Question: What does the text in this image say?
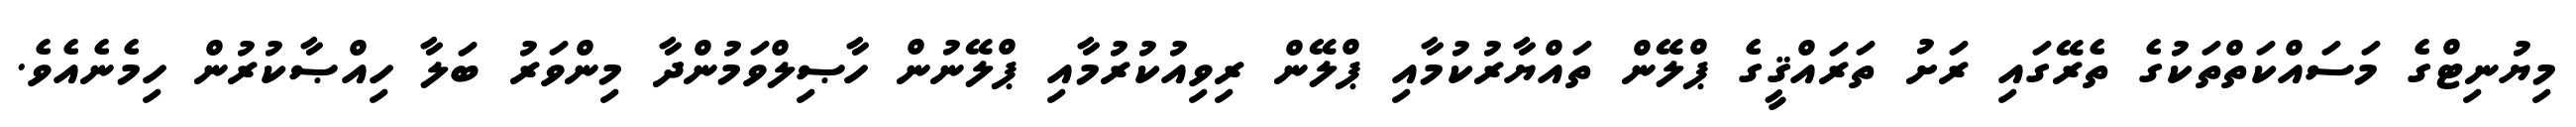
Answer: މިޔުނިޓްގެ މަސައްކަތްތަކުގެ ތެރޭގައި ރަށު ތަރައްޤީގެ ޕްލޭން ތައްޔާރުކުމާއި ޕްލޭން ރިވިއުކުރުމާއި ޕްލޭނުން ހާޞިލްވަމުންދާ މިންވަރު ބަލާ ހިއްޞާކުރުން ހިމެނެއެވެ.